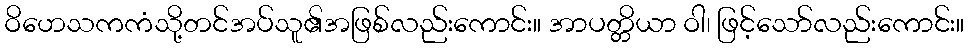
ဝိဟေသကကံသို့တင်အပ်သူ၏အဖြစ်လည်းကောင်း။ အာပတ္တိယာ ဝါ၊ ဖြင့်သော်လည်းကောင်း။